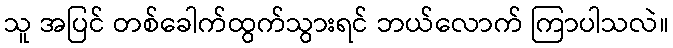
သူ အပြင် တစ်ခေါက်ထွက်သွားရင် ဘယ်လောက် ကြာပါသလဲ။